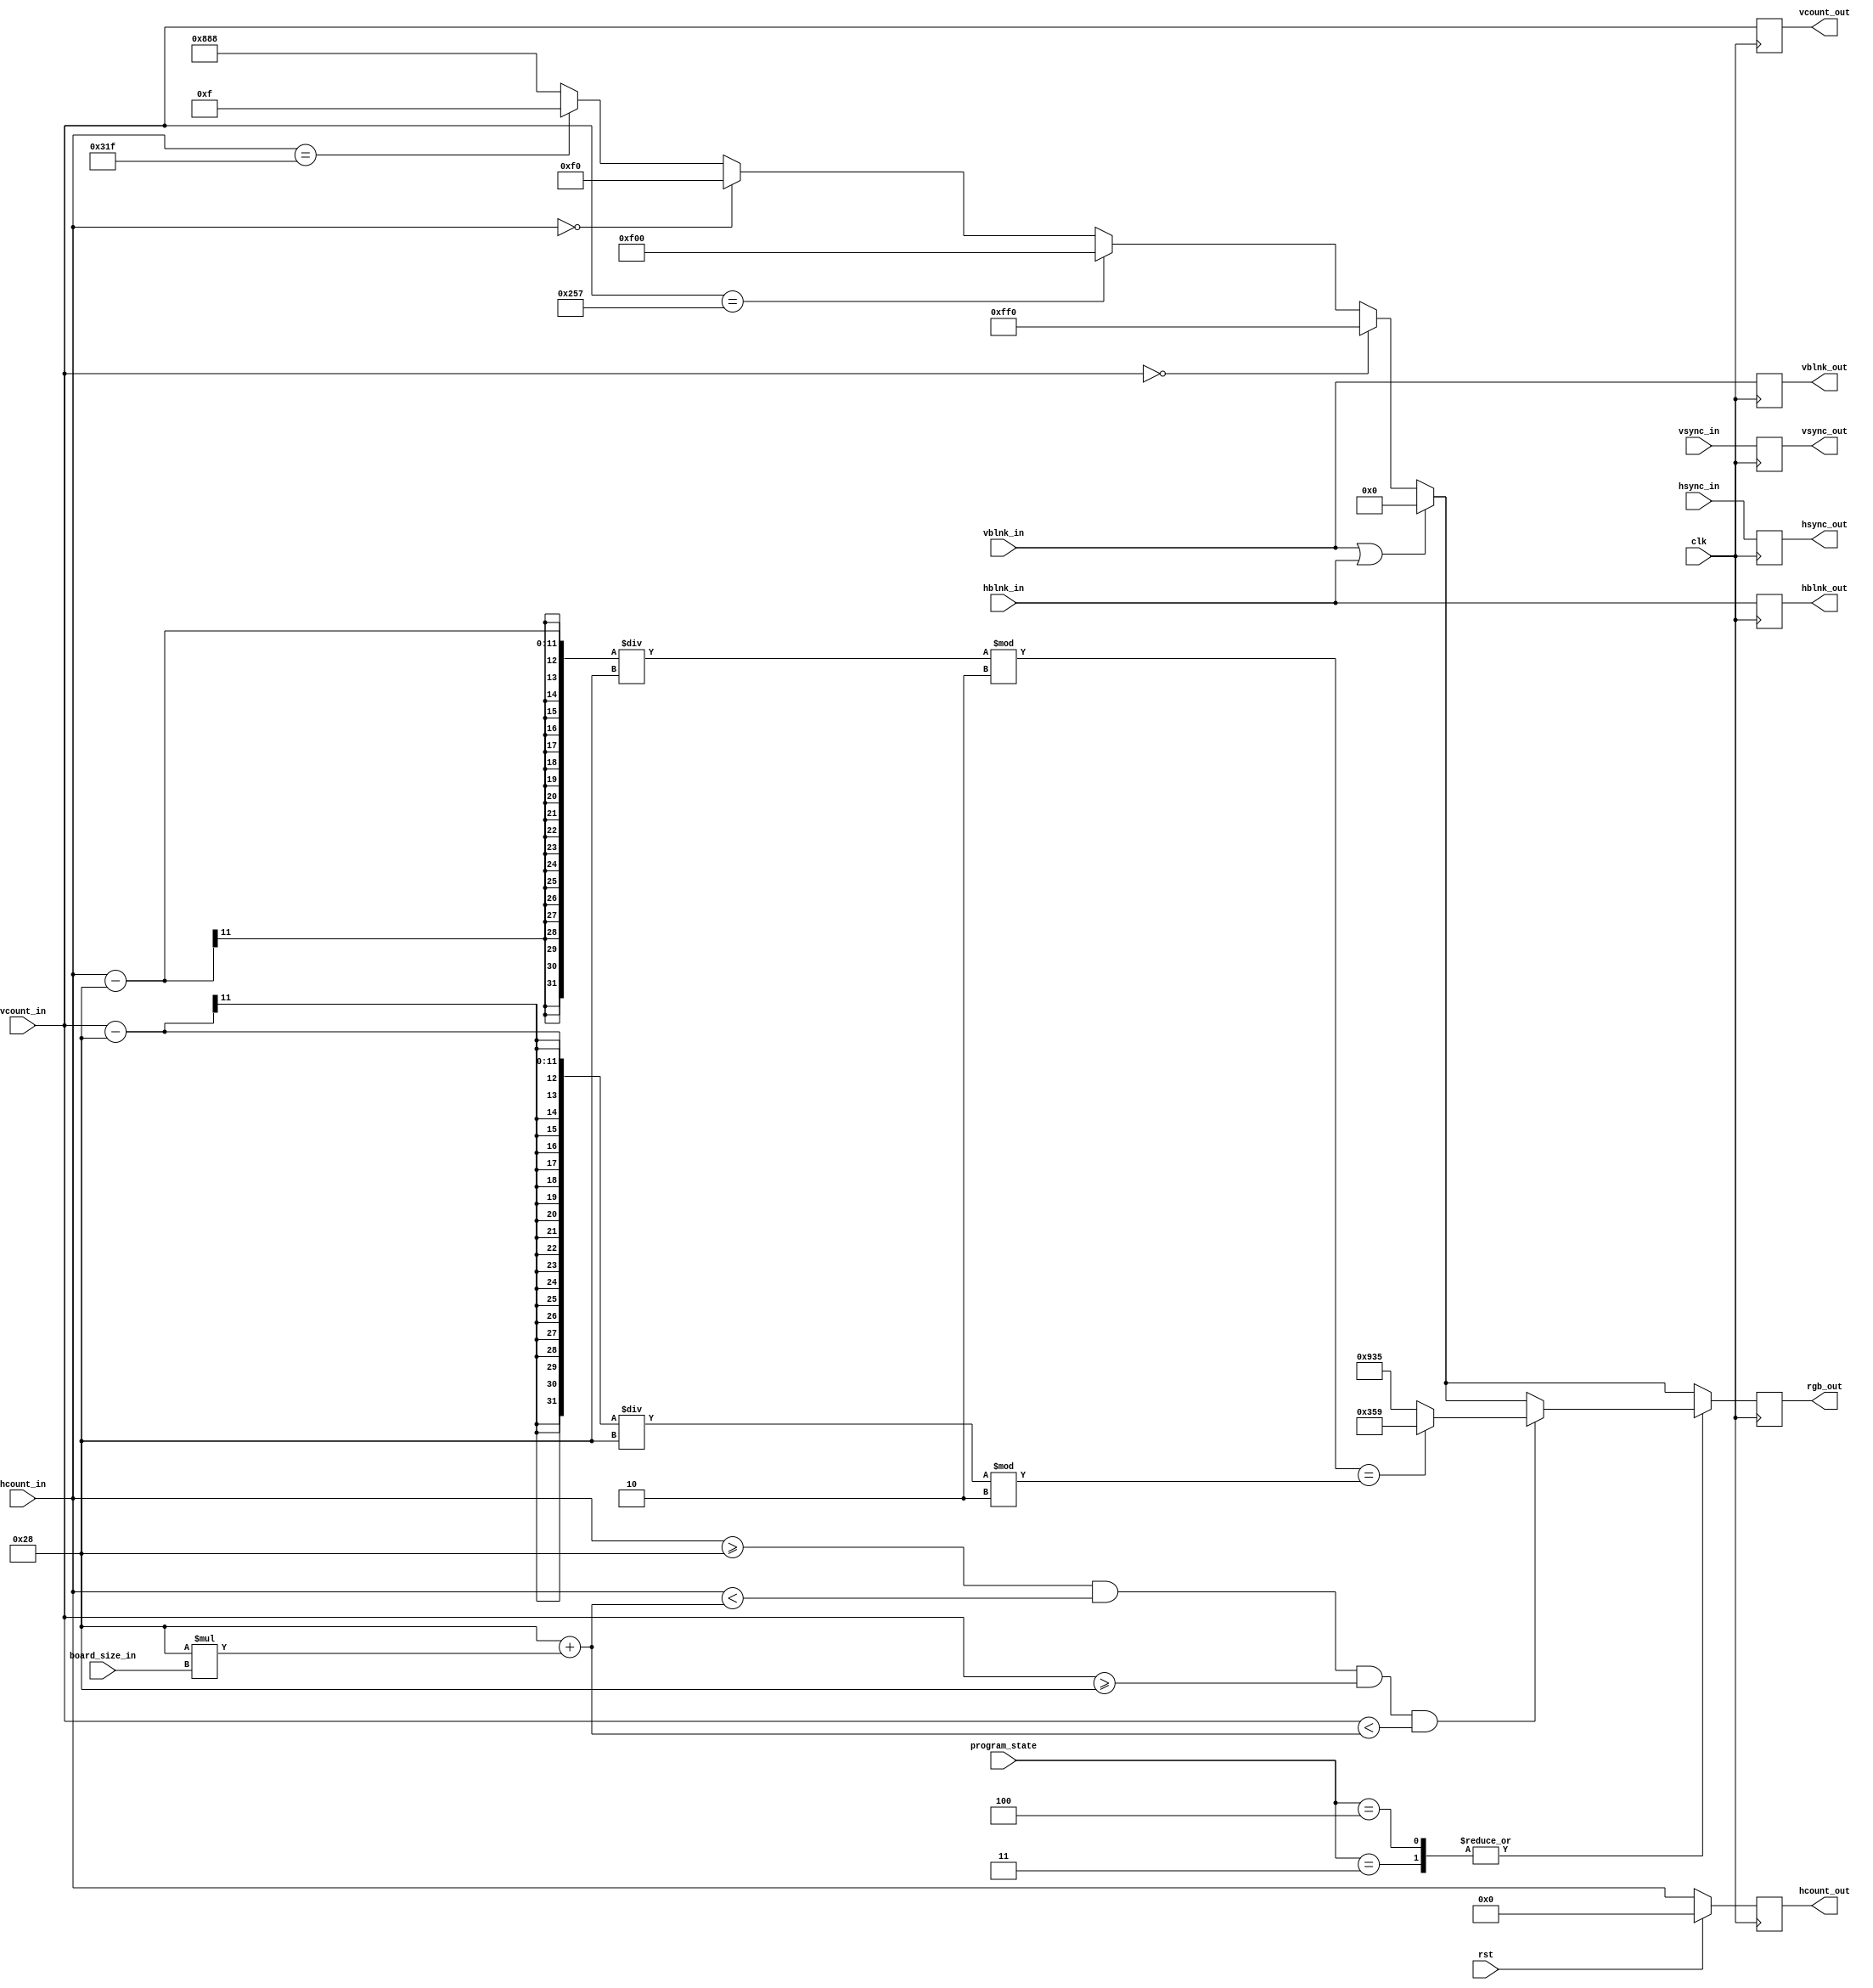
`timescale 1ns / 1ps

//////////////////////////////////////////////////////////////////////////////////
// Module Name: draw_background
// Project Name: Statki
// Description: Modu obsuguje rysowanie ta na ekranie. Otrzymane sygnay pikseli od moduu timing zostaj wstpnie pokolorwane,
// a sygnay sterujce zinkrementowane. Wszytskie sygnay id wsplnie do nastpnego moduu przetwarzajcego piksele - draw_reg
//////////////////////////////////////////////////////////////////////////////////

module draw_background(
    input wire clk,
    input wire rst,
    input wire [10:0] hcount_in,
    input wire hsync_in,
    input wire hblnk_in,
    input wire [10:0] vcount_in,
    input wire vsync_in,
    input wire vblnk_in,
    input wire [3:0] program_state,
    input wire [3:0] board_size_in,
    output reg [10:0] hcount_out,
    output reg hsync_out,
    output reg hblnk_out,
    output reg [10:0] vcount_out,
    output reg vsync_out,
    output reg vblnk_out,
    output reg [11:0] rgb_out
    );
    
    
    // program states
    localparam IDLE = 4'b0000;
    localparam CHOSING_BOARD_SIZE = 4'b0001;
    localparam CHOSING_PLAYERS = 4'b0010;
    localparam PLACING_SHIPS = 4'b0011;
    localparam FINDING_SHIPS = 4'b0100;
    localparam SCREEN_BLANKING = 4'b0101;
    localparam GAME_ENDING = 4'b0110;
    
    localparam BOARD_XPOS = 40;
    localparam BOARD_YPOS = 40;
    localparam SQUARE_SIZE = 40;

    reg [11:0] rgb_out_nxt; 
    
    always @(posedge clk)
    begin
        if(rst)
        begin
            hcount_out <= 0;
            hsync_out  <= 0;
            hblnk_out  <= 0;
            vcount_out <= 0;
            vsync_out  <= 0;
            vblnk_out  <= 0;
            rgb_out    <= 0;            
        end
        else
            hcount_out <= hcount_in;
            hsync_out  <= hsync_in;
            hblnk_out  <= hblnk_in;
            vcount_out <= vcount_in;
            vsync_out  <= vsync_in;
            vblnk_out  <= vblnk_in;
            rgb_out <= rgb_out_nxt;
        begin            
        end
    end
    
    always @*
    begin
        rgb_out_nxt = rgb_out;
        if(vblnk_in || hblnk_in) 
            rgb_out_nxt <= 12'h0_0_0; // Blank screen
        else
        begin             
             if(vcount_in == 0) 
                rgb_out_nxt = 12'hf_f_0; // Active display, top edge, make a yellow line.            
            else if(vcount_in == 599) 
                rgb_out_nxt = 12'hf_0_0; // Active display, bottom edge, make a red line.
            else if(hcount_in == 0) 
                rgb_out_nxt = 12'h0_f_0; // Active display, left edge, make a green line.            
            else if(hcount_in == 799) 
                rgb_out_nxt = 12'h0_0_f; // Active display, right edge, make a blue line.
            else
                rgb_out_nxt = 12'h8_8_8; // Active display, interior, fill with gray.                  
        end
        case(program_state)
            PLACING_SHIPS: // rysuje plansze 
            begin    
                if((hcount_in >= BOARD_XPOS) && (hcount_in < BOARD_XPOS+SQUARE_SIZE*board_size_in) && (vcount_in >= BOARD_YPOS) && (vcount_in < BOARD_YPOS+SQUARE_SIZE*board_size_in))
                begin
                    if((((hcount_in-BOARD_XPOS)/SQUARE_SIZE) % 2) == (((vcount_in-BOARD_YPOS)/SQUARE_SIZE) % 2))
                        rgb_out_nxt = 12'h3_5_9;    
                    else
                        rgb_out_nxt = 12'h9_3_5;
                end
            end
            FINDING_SHIPS:
            begin
                if((hcount_in >= BOARD_XPOS) && (hcount_in < BOARD_XPOS+SQUARE_SIZE*board_size_in) && (vcount_in >= BOARD_YPOS) && (vcount_in < BOARD_YPOS+SQUARE_SIZE*board_size_in))
                begin
                    if((((hcount_in-BOARD_XPOS)/SQUARE_SIZE) % 2) == (((vcount_in-BOARD_YPOS)/SQUARE_SIZE) % 2))
                        rgb_out_nxt = 12'h3_5_9;    
                    else
                        rgb_out_nxt = 12'h9_3_5;
                end            
            end
            default:
            begin
                // w innych przypadkach nie trzeba niczego dorysowywa
            end    
         endcase
    end
endmodule